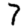
Digit: 7